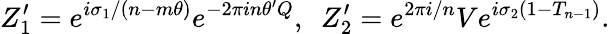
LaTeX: Z_{1}^{\prime}=e^{i\sigma_{1}/(n-m\theta)}e^{-2\pi in\theta^{\prime}Q},~~Z_{2}^{\prime}=e^{2\pi i/n}Ve^{i\sigma_{2}(1-T_{n-1})}.